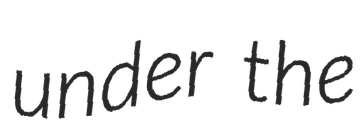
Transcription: under the